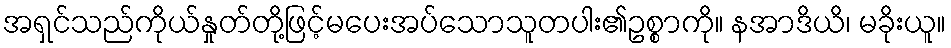
အရှင်သည်ကိုယ်နှုတ်တို့ဖြင့်မပေးအပ်သောသူတပါး၏ဥစ္စာကို။ နအာဒိယိ၊ မခိုးယူ။